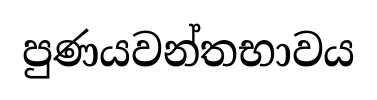
පුණයවන්තභාවය